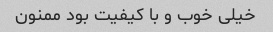
خیلی خوب و با کیفیت بود ممنون